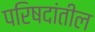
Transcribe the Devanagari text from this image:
परिषदांतील